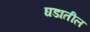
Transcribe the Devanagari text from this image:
घडातील